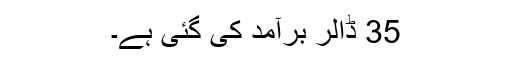
35 ڈالر برآمد کی گئی ہے۔